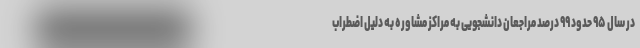
در سال ۹۵ حدود ۹۹ درصد مراجعان دانشجویی به مراکز مشاوره به دلیل اضطراب